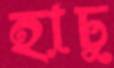
হাচু